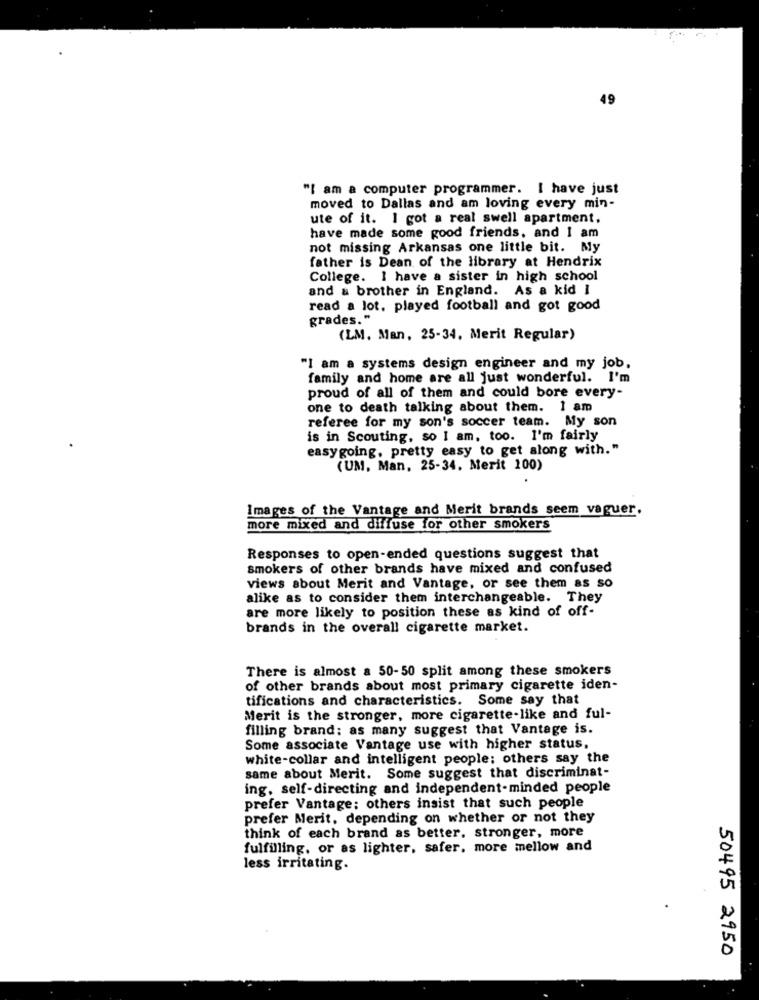
"I am a computer programmer. I have just
moved to Dallas and am loving every min-
ute of it. I got a real swell apartment.
have made some good friends, and I am
not missing Arkansas one little bit. My
father is Dean of the library at Hendrix
College. I have a sister in high school
and & brother in England. As a kid I
read a lot, played football and got good
grades."
(LM. Man, 25-34, Merit Regular)
"I am a systems design engineer and my job,
family and home are all just wonderful. I'm
proud of all of them and could bore every-
one to death talking about them. 1 am
referee for my son's soccer team. My son
is in Scouting, so I am, too. I'm fairly
easygoing, pretty easy to get along with."
(UM, Man, 25-34. Merit 100)
Images of the Vantage and Merit brands seem vaguer.
more mixed and diffuse for other smokers
Responses to open-ended questions suggest that
smokers of other brands have mixed and confused
views about Merit and Vantage, or see them as so
alike as to consider them interchangeable. They
are more likely to position these as kind of off-
brands in the overall cigarette market.
There is almost a 50-50 split among these smokers
of other brands about most primary cigarette iden-
tifications and characteristics. Some say that
Merit is the stronger, more cigarette-like and ful-
filling brand: as many suggest that Vantage is.
Some associate Vantage use with higher status.
white-collar and intelligent people; others say the
same about Merit. Some suggest that discriminat-
ing, self-directing and independent-minded people
prefer Vantage; others insist that such people
prefer Merit, depending on whether or not they
think of each brand as better, stronger, more
fulfilling, or as lighter, safer. more mellow and
less irritating.
50495 2950